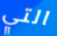
التي